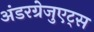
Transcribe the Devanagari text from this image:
अंडरग्रेजुएट्स